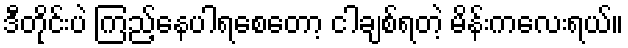
ဒီတိုင်းပဲ ကြည့်နေပါရစေတော့ ငါချစ်ရတဲ့ မိန်းကလေးရယ်။